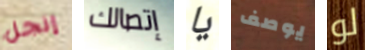
إنجل إتصالك يا يوصف لو